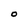
Character: O